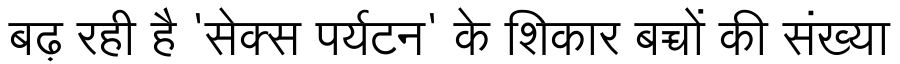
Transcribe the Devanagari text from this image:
बढ़ रही है 'सेक्स पर्यटन' के शिकार बच्चों की संख्या